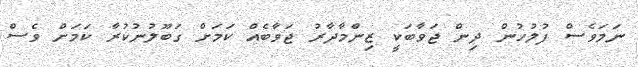
ނަމަވެސް ފުލުހުން ދިން ޖަވާބަކީ ޒިންމާދާރު ޖަވާބެއް ކަމަށް ގަބޫލުނުކުރާ ކަމަށް ވެސް